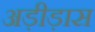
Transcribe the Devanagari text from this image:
अड़ीड़ास